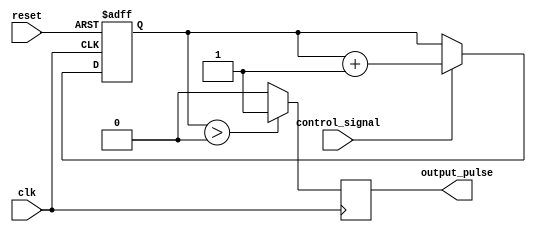
module timing_control_and_synchronization (
    input wire clk,
    input wire reset,
    input wire control_signal,
    output reg output_pulse
);

reg [7:0] pulse_width;

always @(posedge clk or posedge reset) begin
    if (reset) begin
        pulse_width <= 8'b00000000;
    end else begin
        if (control_signal == 1'b1) begin
            pulse_width <= pulse_width + 1;
        end
    end
end

always @(posedge clk) begin
    if (pulse_width > 0) begin
        output_pulse <= 1;
    end else begin
        output_pulse <= 0;
    end
end

endmodule